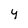
Character: y